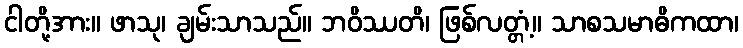
ငါတို့အား။ ဖာသု၊ ချမ်းသာသည်။ ဘဝိဿတိ၊ ဖြစ်လတ္တံ့။ သာစသမာဓိကထာ၊